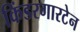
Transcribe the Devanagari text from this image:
किंडरगारटेन